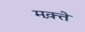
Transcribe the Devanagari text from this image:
मक़्ते